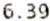
6.39